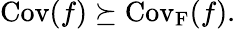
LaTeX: \mathrm{Cov}(f)\succeq\mathrm{Cov_{F}}(f).